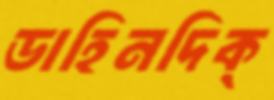
ডাহিনদিক্‌